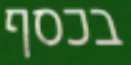
בכסף